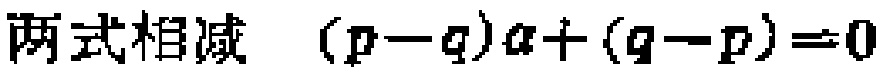
两式相减 \((p - q)a+(q - p)=0\)